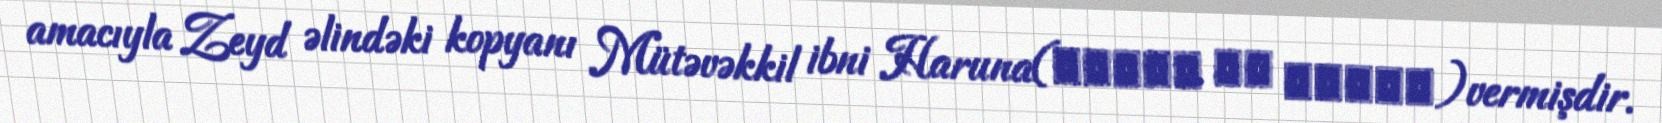
amacıyla Zeyd əlindəki kopyanı Mütəvəkkil ibni Haruna(متوکل بن هارون)vermişdir.